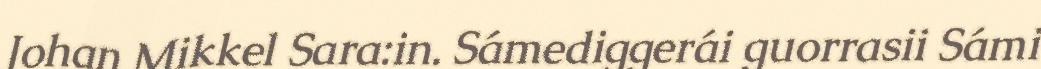
Johan Mikkel Sara:in. Sámediggerái guorrasii Sámi